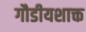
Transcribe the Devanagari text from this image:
गौडीयशाक्त